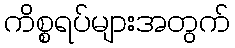
ကိစ္စရပ်များအတွက်